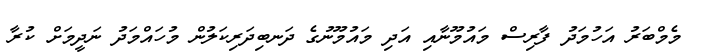
މެމްބަރު އަހުމަދު ފާރިސް މައުމޫނާއި އަދި މައުމޫނުގެ ދަނބިދަރިކަލުން މުހައްމަދު ނަދީމަށް ކުރާ